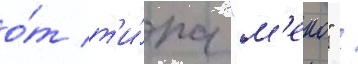
о́т т'и́па "м'еко" /